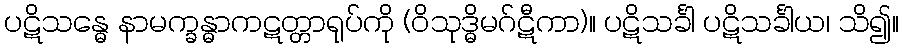
ပဋိသန္ဓေ နာမက္ခန္ဓာကဋတ္တာရုပ်ကို (ဝိသုဒ္ဓိမဂ်ဋီကာ)။ ပဋိသင်္ခါ ပဋိသင်္ခါယ၊ သိ၍။